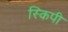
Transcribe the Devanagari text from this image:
स्किपी